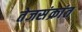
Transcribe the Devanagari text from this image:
तेजसंक्रांत